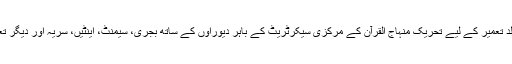
گوشہ درود کی عمارت مینارۃ السلام کی جلد تعمیر کے لیے تحریک منہاج القرآن کے مرکزی سیکرٹریٹ کے باہر دیوراوں کے ساتھ بجری، سیمنٹ، اینٹیں، سریہ اور دیگر تعمیراتی میڑیل کا سٹاک بھی لگا دیا گیا ہے۔